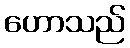
ဟောသည်